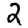
Digit: 2